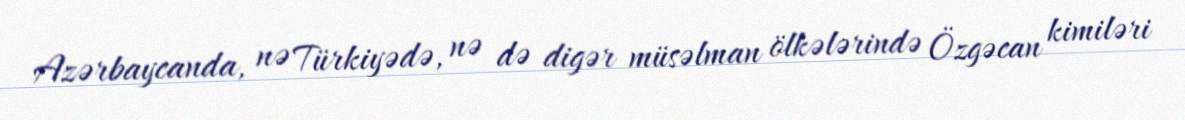
Azərbaycanda, nə Türkiyədə, nə də digər müsəlman ölkələrində Özgəcan kimiləri